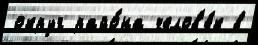
округ райо́на челов'е́к в